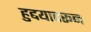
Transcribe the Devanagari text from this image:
हुद्दयावरून